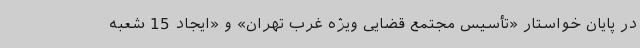
در پایان خواستار «تأسیس مجتمع قضایی ویژه غرب تهران» و «ایجاد 15 شعبه